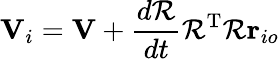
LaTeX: \mathbf{V}_{i}=\mathbf{V}+{\frac{d{\mathcal{R}}}{dt}}{\mathcal{R}}^{\mathrm{T}}{\mathcal{R}}\mathbf{r}_{io}